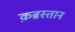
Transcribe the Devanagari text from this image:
क़ब्रस्तान